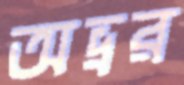
অভ্রর